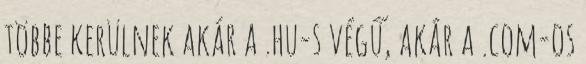
többe kerülnek akár a .hu-s végű, akár a .com-os